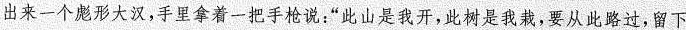
出来一个彪形大汉，手里拿着一把手枪说：“此山是我开，此树是我栽，要从此路过，留下